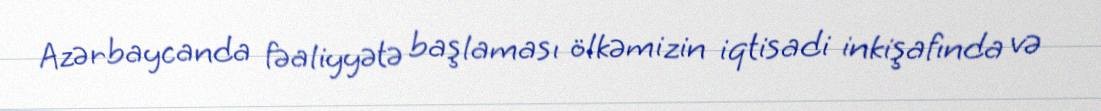
Azərbaycanda fəaliyyətə başlaması ölkəmizin iqtisadi inkişafında və